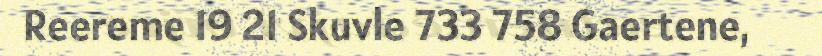
Reereme 19 21 Skuvle 733 758 Gaertene,